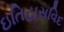
ઇતિહાસવિદ